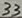
Text: 33